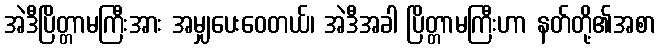
အဲဒီပြိတ္တာမကြီးအား အမျှပေးဝေတယ်၊ အဲဒီအခါ ပြိတ္တာမကြီးဟာ နတ်တို့၏အစာ